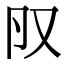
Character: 𠬨